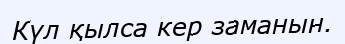
Күл қылса кер заманын.